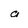
Character: a